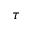
\tau